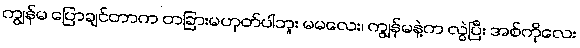
ကျွန်မ ပြောချင်တာက တခြားမဟုတ်ပါဘူး မမလေး၊ ကျွန်မနဲ့က လွဲပြီး အစ်ကိုလေး